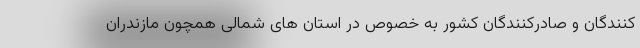
کنندگان و صادرکنندگان کشور به خصوص در استان های شمالی همچون مازندران